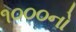
૧૦૦૦નો